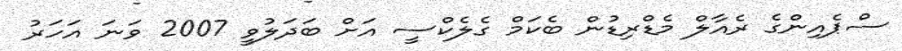
ސްޕެއިންގެ ރެއާލް މެޑްރިޑުން ބެކަމް ގެލެކްސީ އަށް ބަދަލުވީ 2007 ވަނަ އަހަރު